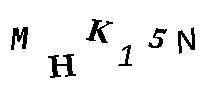
MHK15N